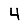
Digit: 4